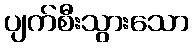
ပျက်စီးသွားသော